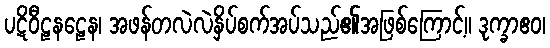
ပဋိဝီဠနဠေန၊ အဖန်တလဲလဲနှိပ်စက်အပ်သည်၏အဖြစ်ကြောင့်။ ဒုက္ခာဧဝ၊